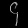
Digit: ၄